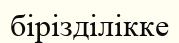
бірізділікке